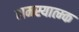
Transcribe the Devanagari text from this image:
समस्यात्म्क